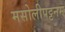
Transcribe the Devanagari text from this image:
मसोलीपट्टनम